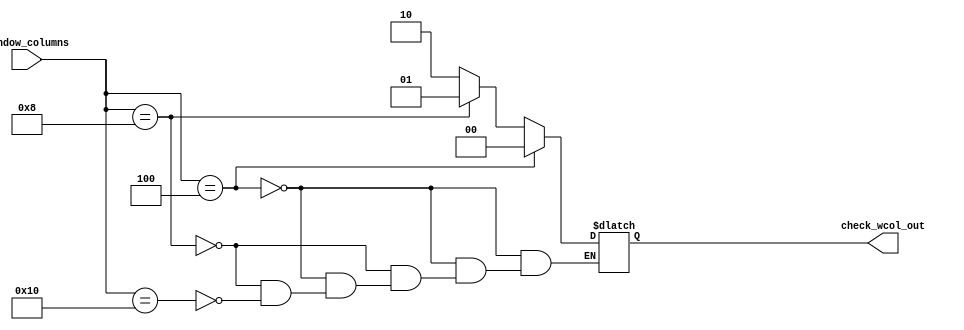
`timescale 1ns / 1ps

////////////////////////////////////////////////////////////////////////////////
// ECE369 - Computer Architecture
// 
// Module - CheckWindowColumns.v
// Description - Controls the ALUs that determin the loads from the frame.
//
// FUNCTIONALITY:-
////////////////////////////////////////////////////////////////////////////////

module CheckWindowColumns(window_columns, check_wcol_out);
    input [31:0] window_columns;
    output reg [1:0] check_wcol_out;
    // check_wcol_out = 0 for 4
    //                = 1 for 8
    //                = 2 for 16
    initial begin
        check_wcol_out <= 0;
    end
    always @(*)begin
    if (window_columns == 4)
        check_wcol_out = 0;
    
	else if (window_columns == 8)
        check_wcol_out = 1;
    
    else if (window_columns == 16)
        check_wcol_out = 2;
    end

	
endmodule